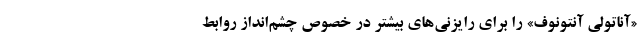
«آناتولی آنتونوف» را برای رایزنی‌های بیشتر در خصوص چشم‌انداز روابط